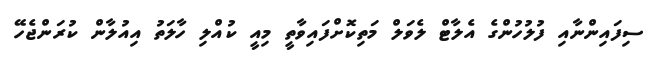
ސިފައިންނާއި ފުލުހުންގެ އެލާޓް ލެވަލް މަތިކޮށްފައިވާތީ މިއީ ކުއްލި ހާލަތު އިއުލާން ކުރަންޖެހޭ